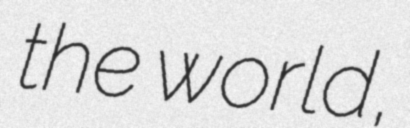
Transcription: the world,